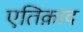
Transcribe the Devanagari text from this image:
एतिक़ाद